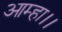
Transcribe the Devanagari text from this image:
आम्हा।।